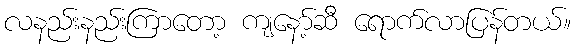
လနည်းနည်းကြာတော့ ကျနော့်ဆီ ရောက်လာပြန်တယ်။